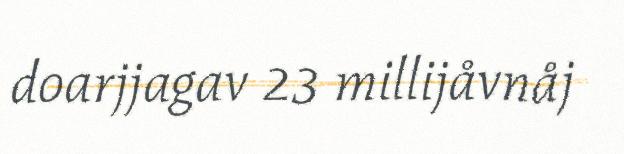
doarjjagav 23 millijåvnåj